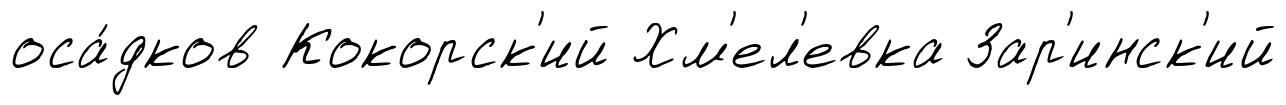
оса́дков Кокорск'ий Хм'ел'евка Зар'инск'ий